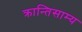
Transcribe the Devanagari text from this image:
क्रान्तिसाम्य